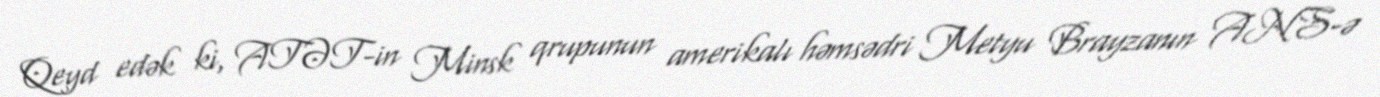
Qeyd edək ki, ATƏT-in Minsk qrupunun amerikalı həmsədri Metyu Brayzanın ANS-ə